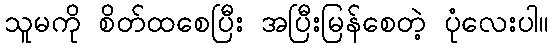
သူမကို စိတ်ထစေပြီး အပြီးမြန်စေတဲ့ ပုံလေးပါ။